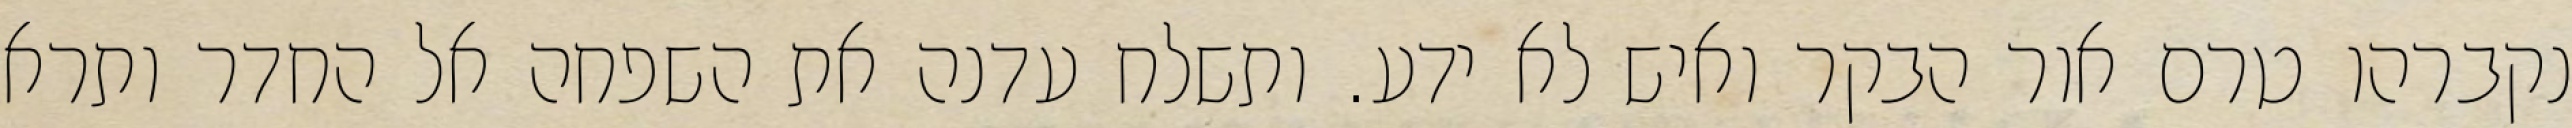
נקברהו טרם אור הבקר ואיש לא ידע. ותשלח עדנה את השפחה אל החדר ותרא